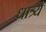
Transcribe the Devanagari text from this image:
धात्र्यै